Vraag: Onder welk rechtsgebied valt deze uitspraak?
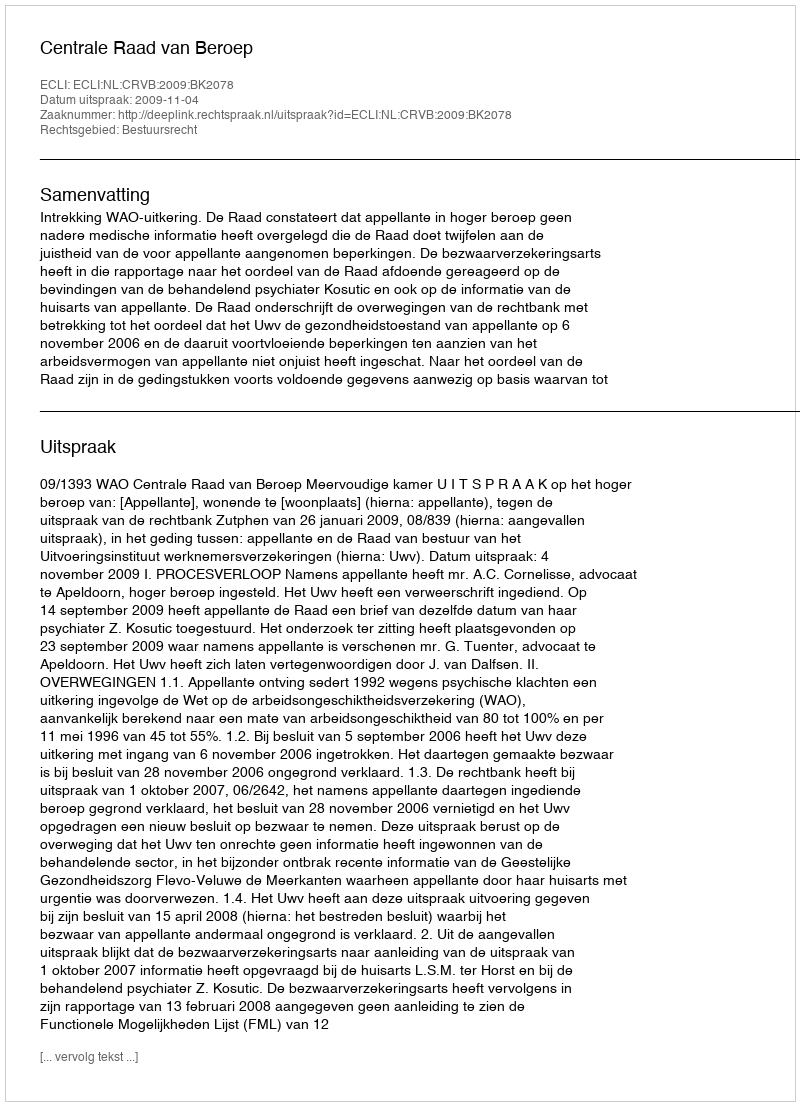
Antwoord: Bestuursrecht